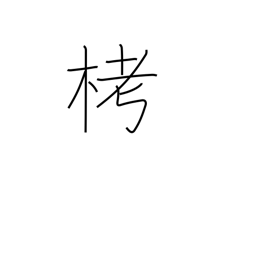
Meaning: cloth woven from tree fibres